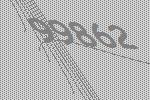
99862